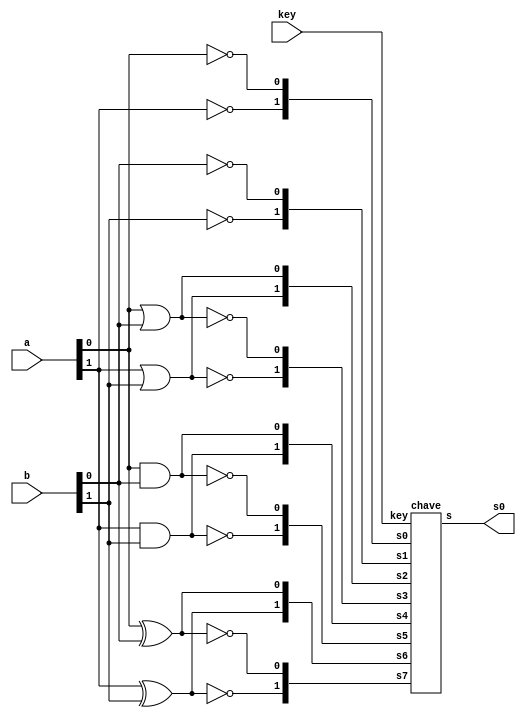
//-----------------------------------------------------
//Exemplo0035 - seleo de operaes com chave de 3 bits
//Nome: Silvino Henrique Santos de Souza
//Matrcula: 412773
//------------------------------------------------------


module funcao(output [1:0]s0, input [1:0]a, input [1:0]b, input [2:0]key);
	wire [15:0] s;
	
	not not1(s[0],a[0]);
	not not2(s[1],a[1]);
	not not3(s[2],b[0]);
	not not4(s[3],b[1]);
	
	or or1(s[4],a[0],b[0]);
	or or2(s[5],a[1],b[1]);
	nor nor1(s[6],a[0],b[0]);
	nor nor2(s[7],a[1],b[1]);
	and and1(s[8],a[0],b[0]);
	and and2(s[9],a[1],b[1]);
	nand nand1(s[10],a[0],b[0]);
	nand nand2(s[11],a[1],b[1]);
	xor xor1(s[12],a[0],b[0]);
	xor xor2(s[13],a[1],b[1]);
	xnor xnor1(s[14],a[0],b[0]);
	xnor xnor2(s[15],a[1],b[1]);
	
	chave chave1(s0,key,s[1:0],s[3:2],s[5:4],s[7:6],s[9:8],s[11:10],s[13:12],s[15:14]);
	
endmodule //funcao

module chave(s,key,s0,s1,s2,s3,s4,s5,s6,s7);
	output[1:0]s;
	reg[1:0]s;
	input [1:0]s0,s1,s2,s3,s4,s5,s6,s7;
	input[2:0]key;
	
	always @ (s0 or s1 or s2 or s3 or s4 or s5 or s6 or s7 or key)
	
	begin
		if(key == 3'b000)
			s = s0;
		else if(key == 3'b001)
			s = s1;
		else if(key == 3'b010)
			s = s2;
		else if(key == 3'b011)
			s = s3;
		else if(key == 3'b100)
			s = s4;
		else if(key == 3'b101)
			s = s5;
		else if(key == 3'b110)
			s = s6;
		else if(key == 3'b111)
			s = s7;
	end

endmodule //chave

module principal;
	//definir dados
	reg[1:0]x,y;
	reg[2:0]key;
	wire[1:0]s;
	
	//instancia
	funcao funcao1(s,x,y,key);
	
	initial begin:start
		x = 2'b00;
		y = 2'b00;
		key = 3'b000;
	end
	
	initial begin:main
		$display("Exemplo0035 - Silvino Henrique Santos de Souza - 412773");
		$display("LU's test - seleo entre operaes com chave de 3 bits");
		$display("key: (000)- not(a), (001) - not(b), (010) - or, (011) - nor");
		$display("\t(100) - and, (101) - nand , (110) - xor, (111) - xnor");
		$display("\t\t  t \t key \t x - y = s\n");
		$monitor("%d \t %3b \t %2b - %2b = %2b",$time,key,x,y,s);
		
		#1 key = 1;
		#1 key = 2;
		#1 key = 3;
		#1 key = 4;
		#1 key = 5;
		#1 key = 6;
		#1 key = 7;
		
		#1 key = 0; y = 1;
		#1 key = 1;
		#1 key = 2;
		#1 key = 3;
		#1 key = 4;
		#1 key = 5;
		#1 key = 6;
		#1 key = 7;
		
		#1 key = 0; y = 2;
		#1 key = 1;
		#1 key = 2;
		#1 key = 3;
		#1 key = 4;
		#1 key = 5;
		#1 key = 6;
		#1 key = 7;
		
		#1 key = 0; y = 3;
		#1 key = 1;
		#1 key = 2;
		#1 key = 3;
		#1 key = 4;
		#1 key = 5;
		#1 key = 6;
		#1 key = 7;
		
		#1 key = 0; x = 1; y = 0;
		#1 key = 1;
		#1 key = 2;
		#1 key = 3;
		#1 key = 4;
		#1 key = 5;
		#1 key = 6;
		#1 key = 7;
		
		#1 key = 0; y = 1;
		#1 key = 1;
		#1 key = 2;
		#1 key = 3;
		#1 key = 4;
		#1 key = 5;
		#1 key = 6;
		#1 key = 7;
		
		#1 key = 0; y = 2;
		#1 key = 1;
		#1 key = 2;
		#1 key = 3;
		#1 key = 4;
		#1 key = 5;
		#1 key = 6;
		#1 key = 7;
		
		#1 key = 0; y = 3;
		#1 key = 1;
		#1 key = 2;
		#1 key = 3;
		#1 key = 4;
		#1 key = 5;
		#1 key = 6;
		#1 key = 7;
		
		#1 key = 0; x = 2; y = 0;
		#1 key = 1;
		#1 key = 2;
		#1 key = 3;
		#1 key = 4;
		#1 key = 5;
		#1 key = 6;
		#1 key = 7;
		
		#1 key = 0; y = 1;
		#1 key = 1;
		#1 key = 2;
		#1 key = 3;
		#1 key = 4;
		#1 key = 5;
		#1 key = 6;
		#1 key = 7;
		
		#1 key = 0; y = 2;
		#1 key = 1;
		#1 key = 2;
		#1 key = 3;
		#1 key = 4;
		#1 key = 5;
		#1 key = 6;
		#1 key = 7;
		
		#1 key = 0; y = 3;
		#1 key = 1;
		#1 key = 2;
		#1 key = 3;
		#1 key = 4;
		#1 key = 5;
		#1 key = 6;
		#1 key = 7;
		
		#1 key = 0; x = 3; y = 0;
		#1 key = 1;
		#1 key = 2;
		#1 key = 3;
		#1 key = 4;
		#1 key = 5;
		#1 key = 6;
		#1 key = 7;
		
		#1 key = 0; y = 1;
		#1 key = 1;
		#1 key = 2;
		#1 key = 3;
		#1 key = 4;
		#1 key = 5;
		#1 key = 6;
		#1 key = 7;
		
		#1 key = 0; y = 2;
		#1 key = 1;
		#1 key = 2;
		#1 key = 3;
		#1 key = 4;
		#1 key = 5;
		#1 key = 6;
		#1 key = 7;
		
		#1 key = 0; y = 3;
		#1 key = 1;
		#1 key = 2;
		#1 key = 3;
		#1 key = 4;
		#1 key = 5;
		#1 key = 6;
		#1 key = 7;
		
	end
endmodule //principal